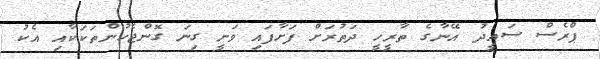
ޕްރެސް ސައީދު އޭނާގެ ތާރީހީ ދަތުރަށް ފަށާފައި ވަނީ ގިނަ ގޮންޖެހުންތަކަކާއި އެކު